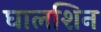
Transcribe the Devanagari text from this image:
घालशिन